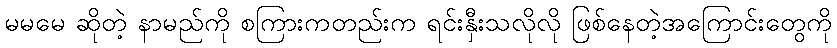
မမမေ ဆိုတဲ့ နာမည်ကို စကြားကတည်းက ရင်းနှီးသလိုလို ဖြစ်နေတဲ့အကြောင်းတွေကို